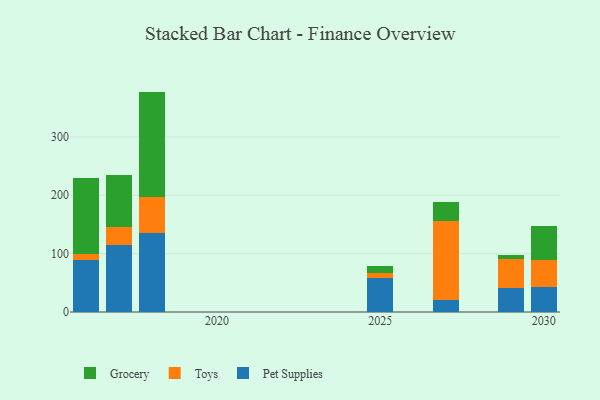
{"axis": {"x": "Year", "y": "Gross Profit (USD K)"}, "legend": ["Grocery", "Pet Supplies", "Toys"], "data": [{"x": "2030", "y": 43.0, "type": "Pet Supplies"}, {"x": "2030", "y": 46.1, "type": "Toys"}, {"x": "2030", "y": 57.6, "type": "Grocery"}, {"x": "2016", "y": 89.5, "type": "Pet Supplies"}, {"x": "2016", "y": 10.6, "type": "Toys"}, {"x": "2016", "y": 129.9, "type": "Grocery"}, {"x": "2017", "y": 115.3, "type": "Pet Supplies"}, {"x": "2017", "y": 29.7, "type": "Toys"}, {"x": "2017", "y": 89.2, "type": "Grocery"}, {"x": "2018", "y": 136.1, "type": "Pet Supplies"}, {"x": "2018", "y": 61.7, "type": "Toys"}, {"x": "2018", "y": 179.9, "type": "Grocery"}, {"x": "2029", "y": 41.2, "type": "Pet Supplies"}, {"x": "2029", "y": 49.1, "type": "Toys"}, {"x": "2029", "y": 7.9, "type": "Grocery"}, {"x": "2025", "y": 59.1, "type": "Pet Supplies"}, {"x": "2025", "y": 7.8, "type": "Toys"}, {"x": "2025", "y": 12.4, "type": "Grocery"}, {"x": "2027", "y": 21.2, "type": "Pet Supplies"}, {"x": "2027", "y": 133.9, "type": "Toys"}, {"x": "2027", "y": 32.8, "type": "Grocery"}]}